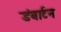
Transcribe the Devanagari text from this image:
डंबार्टन